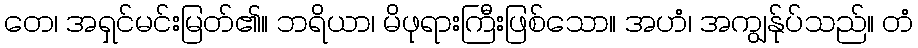
တေ၊ အရှင်မင်းမြတ်၏။ ဘရိယာ၊ မိဖုရားကြီးဖြစ်သော။ အဟံ၊ အကျွန်ုပ်သည်။ တံ